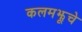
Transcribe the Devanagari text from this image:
कलमझूचे